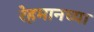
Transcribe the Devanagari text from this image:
रेहमानच्या